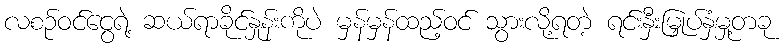
လစဉ်ဝင်ငွေရဲ့ ဆယ်ရာခိုင်နှုန်းကိုပဲ မှန်မှန်ထည့်ဝင် သွားလို့ရတဲ့ ရင်းနှီးမြှုပ်နှံမှု့တခု